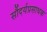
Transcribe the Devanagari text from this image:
सौंदर्यप्रसाधक